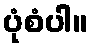
ပုံစံပါ။